Insane asylums in Bengal annual reports 1867-1875 - 1867-1875
Year: 1867
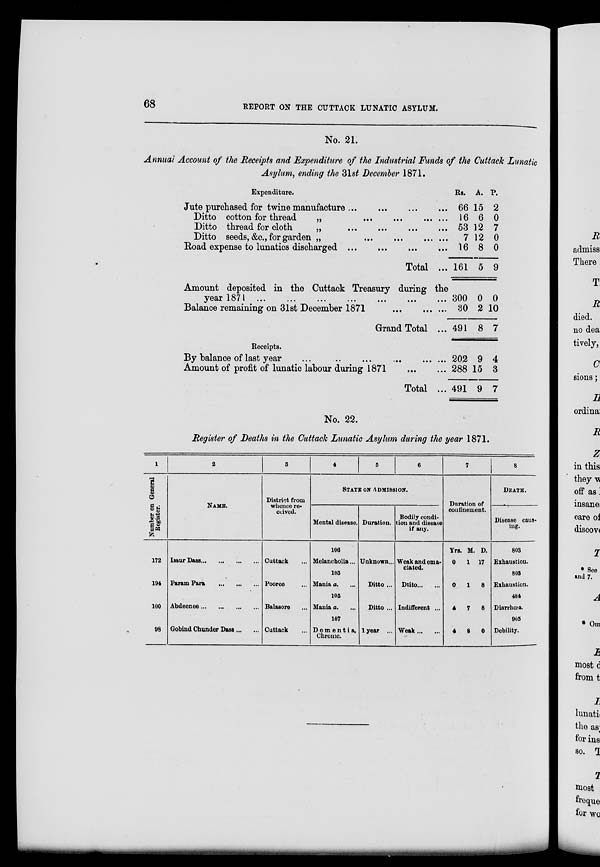
68
REPORT ON THE CUTTACK LUNATIC ASYLUM.
No. 21.
Annual Account of the Receipts and Expenditure of the Industrial Funds of the Cuttack Lunatic
Asylum, ending the 31st December 1871.
Expenditure.
Jute purchased for twine manufacture ...
...
...
...
Ditto cotton for thread
„
...
... ... ...
Ditto thread for cloth
„ ... ... ... ...
Ditto seeds, &c., for garden „
...
...
...
...
Road expense to lunatics discharged
...
...
...
...
Total ...
Amount deposited in the Cuttack Treasury during the
year 1871 ... ... ... ... ... ... ...
Balance remaining on 31st December 1871
...
...
...
Grand Total ...
Rs.
66
16
53
7
16
161
300
380
491
A.
15
6
12
12
8
5
0
2
8
P.
2
0
7
0
0
9
0
10
7
Receipts.
By balance of last year
...
...
...
...
...
...
Amount of profit of lunatic labour during 1871
...
...
Total ...
202
288
491
9
15
9
4
3
7
No. 22.
Register of Deaths in the Cuttack Lunatic Asylum during the year 1871.
1
Number on General
Register.
172
194
100
98
2
NAME.
Issur Dass ... ... ... ...
Param Para
...
...
...
Abdeenee ... ... ... ...
Gobind Chunder Dass ... ...
3
District from
whence re-
ceived.
Cuttack ...
Pooree ...
Balasore ...
Cuttack ...
4
5
6
STATE ON ADMISSION.
Mental disease.
106
Melancholia...
105
Mania a. ...
105
Mania a. ...
107
Dementia,
Chronic.
Duration.
Unknown...
Ditto ...
Ditto ...
1 year ...
Bodily condi-
tion and disease
if any.
Weak and ema-
ciated.
Ditto ... ...
Indifferent ...
Weak ... ...
7
Duration of
confinement.
Yrs.
0
0
4
4
M.
1
1
7
8
D.
17
8
8
0
8
DEATH.
Disease caus-
ing.
803
Exhaustion.
803
Exhaustion.
484
Diarrhœa.
905
Debility.